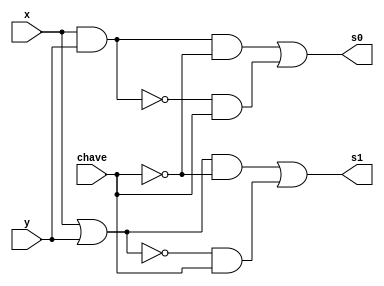
//------------------------- 
// Exemplo0033 - F4 
// Nome: Douglas Henrique Silva Corra
// ------------------------- 
module f1(output s0, output s1, input x, input y, input chave);
wire temp0, temp1, temp2, temp3, mtemp0, mtemp1, mtemp2, mtemp3, nchave;
and AND1(temp0, x, y);
or OR1(temp1, x, y);
nand NAND1(temp2, x, y);
nor NOR1(temp3, x, y);
//-------Multiplexador---------
not NOT1(nchave, chave);
and AND2(mtemp0, temp0, nchave);
and AND3(mtemp1, temp1, nchave);
and AND4(mtemp2, temp2, chave);
and AND5(mtemp3, temp3, chave);
or OR2(s0, mtemp0, mtemp2);
or OR3(s1, mtemp1, mtemp3);
endmodule 
// ----- parte principal-------
module test;
reg x, y, chave;
wire sa0, sa1;
f1 Teste(s0, s1, x, y, chave);
initial begin 
$display("Exemplo0033 - Douglas Henrique Silva Corra - 466503"); 
$display("Test LU's module");
x = 1;
y = 0;
chave = 0;
#1 $display("X AND Y & X OR Y =%3b &%3b", s0, s1 );
chave = 1;
#1 $display("X NAND Y & X NOR Y =%3b &%3b", s0, s1);  
end 
endmodule // test_f4